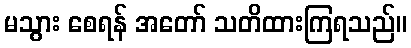
မသွား စေရန် အတော် သတိထားကြရသည်။